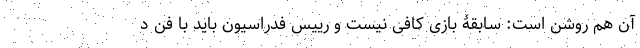
آن هم روشن است: سابقۀ بازی کافی نیست و رییس فدراسیون باید با فن د